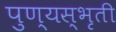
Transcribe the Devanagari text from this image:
पुण्यस्भृती